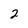
Character: 2